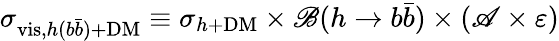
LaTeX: \sigma_{\mathrm{vis},h(b\bar{b})+\mathrm{DM}}\equiv\sigma_{h+\mathrm{DM}}\times\mathscr{B}(h\to b\bar{b})\times(\mathscr{A}\times\varepsilon)